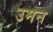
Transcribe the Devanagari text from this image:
उमन